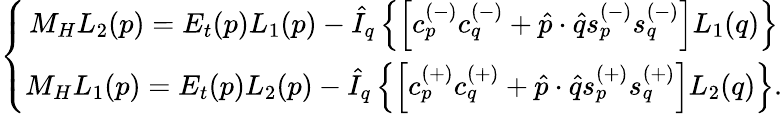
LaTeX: \left\{ \begin{array}{c}{{M_{H}L_{2}(p)=E_{t}(p)L_{1}(p)-\hat{I}_{q}\left\{ \left[c_{p}^{(-)}c_{q}^{(-)}+\hat{p}\cdot\hat{q}s_{p}^{(-)}s_{q}^{(-)}\right]L_{1}(q)\right\} }}\\ {{M_{H}L_{1}(p)=E_{t}(p)L_{2}(p)-\hat{I}_{q}\left\{ \left[c_{p}^{(+)}c_{q}^{(+)}+\hat{p}\cdot\hat{q}s_{p}^{(+)}s_{q}^{(+)}\right]L_{2}(q)\right\} .}}\end{array}\right.